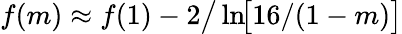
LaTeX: f(m)\approx f(1)-2\big/\ln\! \! \big[16/(1-m)\big]